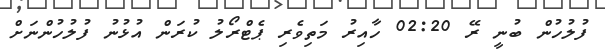
ފުލުހުން ބުނީ ރޭ 02:20 ހާއިރު މަތިވެރި ޕެޓްރޯލު ކުރަން އުޅުނު ފުލުހުންނަށް